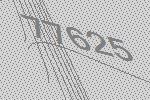
77625